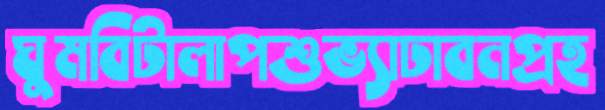
ঘুমবিটালাপশুভ্যাঢাবনপ্রহ